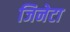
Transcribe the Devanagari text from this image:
जिनेटा